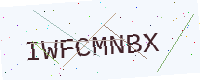
Text: IWFCMNBX